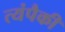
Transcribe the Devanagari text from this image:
त्यंपैकी